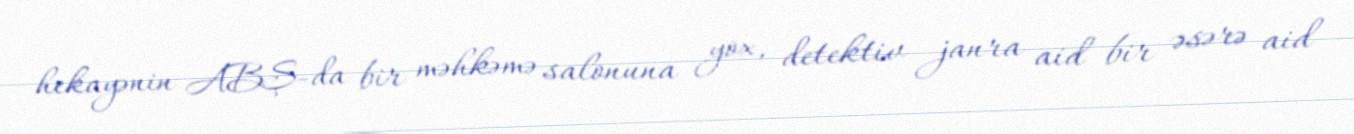
hekayənin ABŞ-da bir məhkəmə salonuna yox, detektiv janra aid bir əsərə aid